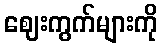
ဈေးကွက်များကို